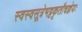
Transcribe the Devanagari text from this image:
स्वस्वसूत्रेभट्टकृतौचज्ञेयः